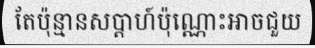
តែប៉ុន្មានសប្តាហ៍ប៉ុណ្ណោះអាចជួយ